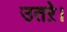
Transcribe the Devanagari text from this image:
उतऱे।